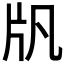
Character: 𤖫